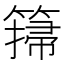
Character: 𥲳